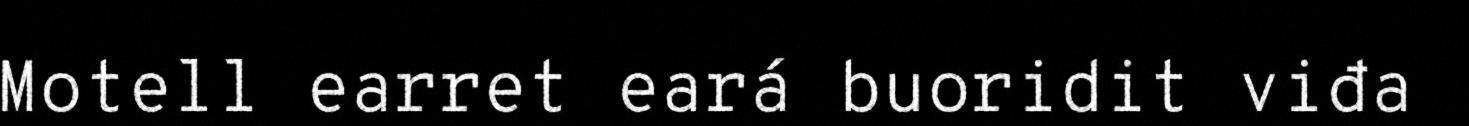
Motell earret eará buoridit viđa